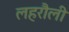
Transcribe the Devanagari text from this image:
लहरौली